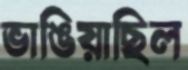
ভাঙিয়াছিল